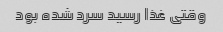
وقتی غذا رسید سرد شده بود